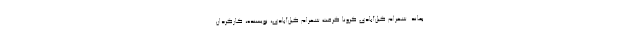
بماند. شهرام گیل‌آبادی کرونا گرفت شهرام گیل‌آبادی، نویسنده، کارگردان